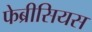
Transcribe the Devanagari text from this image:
फेब्रीसियस